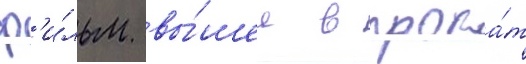
ф'и́льм вы́шел в прока́т